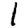
Digit: 1